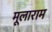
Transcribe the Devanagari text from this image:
मूलाराम